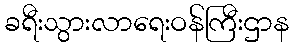
ခရီးသွားလာရေးဝန်ကြီးဌာန